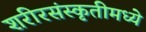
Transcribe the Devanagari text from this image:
शरीरसंस्कृतीमध्ये